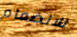
للانضمام